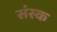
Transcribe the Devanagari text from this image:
संस्क